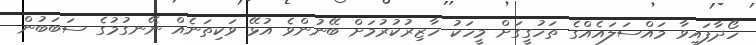
ހޯދާފައިވާ މައްސަލައެއްގެ ތަހުގީގަށް މީހަކު ހާޒިރުކުރުމަށް ބޭނުންވެ އުޅޭ ވަކިތަނެއް ނޭނގުމުގެ ސަބަބުން